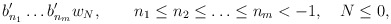
\begin{align*}b'_{n_1} \ldots b'_{n_m} w_N, \quad \quad n_1\leq n_2\leq \ldots\leq n_m < -1, \quad N \leq 0,\end{align*}